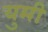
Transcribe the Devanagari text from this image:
युमी